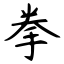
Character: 拳